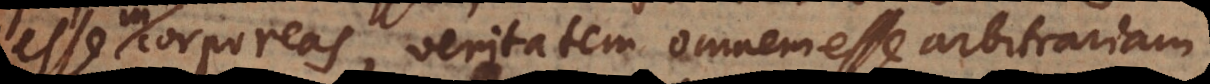
esse incorporeas, veritatem omnem esse arbitrariam